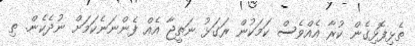
ތެޅިފޮޅިގެން ކުރާ އެއްވެސް ކަމަކުން ރަގަޅު ނަތީޖާ އެއް ފެންނަނެކަމަށް ނުދެކެން. ތި